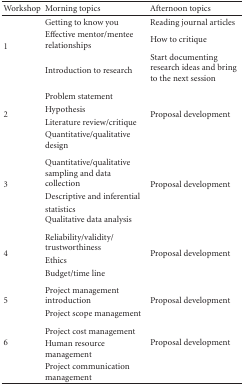
| Workshop | Morning topics | Afternoon topics |
 | --- | --- | --- |
 | <ROWSPAN=3> 1 | Getting to know you | Reading journal articles |
 | Effective mentor/mentee relationships | How to critique |
 | Introduction to research | Start documenting research ideas and bring to the next session |
 | <ROWSPAN=4> 2 | Problem statement | <ROWSPAN=4> Proposal development |
 | Hypothesis |
 | Literature review/critique |
 | Quantitative/qualitative design |
 | <ROWSPAN=3> 3 | Quantitative/qualitative sampling and data collection | <ROWSPAN=3> Proposal development |
 | Descriptive and inferential |
 | statistics Qualitative data analysis |
 | <ROWSPAN=3> 4 | Reliability/validity/trustworthiness | <ROWSPAN=3> Proposal development |
 | Ethics |
 | Budget/time line |
 | <ROWSPAN=2> 5 | Project management introduction | <ROWSPAN=2> Proposal development |
 | Project scope management |
 | <ROWSPAN=3> 6 | Project cost management | <ROWSPAN=3> Proposal development |
 | Human resource management |
 | Project communication management |